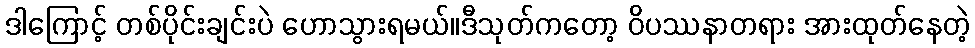
ဒါကြောင့် တစ်ပိုင်းချင်းပဲ ဟောသွားရမယ်။ဒီသုတ်ကတော့ ဝိပဿနာတရား အားထုတ်နေတဲ့